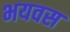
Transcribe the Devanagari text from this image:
भयवस